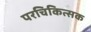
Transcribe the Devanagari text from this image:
परचिकित्सक